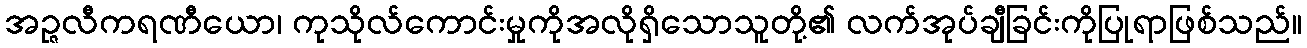
အဉ္ဇလီကရဏီယော၊ ကုသိုလ်ကောင်းမှုကိုအလိုရှိသောသူတို့၏ လက်အုပ်ချီခြင်းကိုပြုရာဖြစ်သည်။